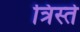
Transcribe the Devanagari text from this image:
त्रिस्ते